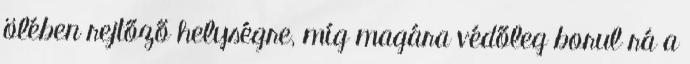
ölében rejtőző helységre, míg magára védőleg borul rá a